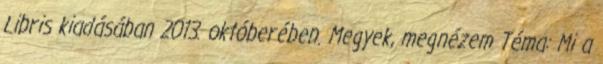
Libris kiadásában 2013. októberében. Megyek, megnézem Téma: Mi a